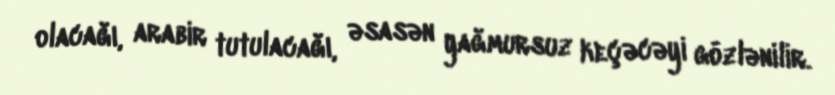
olacağı, arabir tutulacağı, əsasən yağmursuz keçəcəyi gözlənilir.